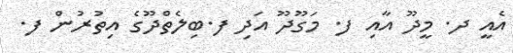
އެއީ ދ. މީދޫ އާއި ފ. މަގޫދޫ އަދި ފ.ބިލެތްދޫގެ އިތުރުން ފ.